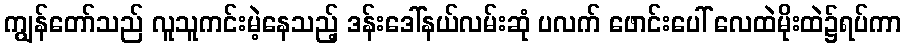
ကျွန်တော်သည် လူသူကင်းမဲ့နေသည့် ဒန်းဒေါ်နယ်လမ်းဆုံ ပလက် ဖောင်းပေါ် လေထဲမိုးထဲ၌ရပ်ကာ